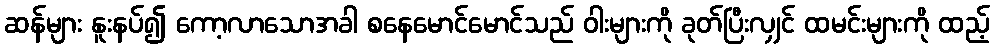
ဆန်များ နူးနပ်၍ ကော့လာသောအခါ စနေမောင်မောင်သည် ဝါးများကို ခုတ်ပြီးလျှင် ထမင်းများကို ထည့်